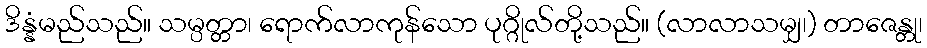
ဒိန္နံမည်သည်။ သမ္ပတ္တာ၊ ရောက်လာကုန်သော ပုဂ္ဂိုလ်တို့သည်။ (လာလာသမျှ၊) တာဇေန္တု၊